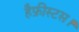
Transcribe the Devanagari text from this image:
हैफ़ीस्टस।